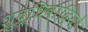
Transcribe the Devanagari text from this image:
शुद्धिवादियों